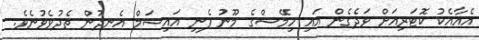
އެއާއެކު ކޮޓަރިއަށް ވަދެގެން އައި ހިމޭޝްގެ މޫނު ފެނި އައިޝަމް އެނދުން ތެދުވެވުނެވެ.